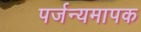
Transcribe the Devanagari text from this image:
पर्जन्यमापक